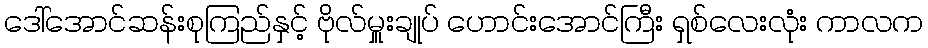
ဒေါ်အောင်ဆန်းစုကြည်နှင့် ဗိုလ်မှူးချုပ် ဟောင်းအောင်ကြီး ရှစ်လေးလုံး ကာလက